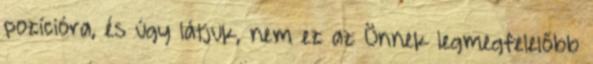
pozícióra, és úgy látjuk, nem ez az Önnek legmegfelelőbb